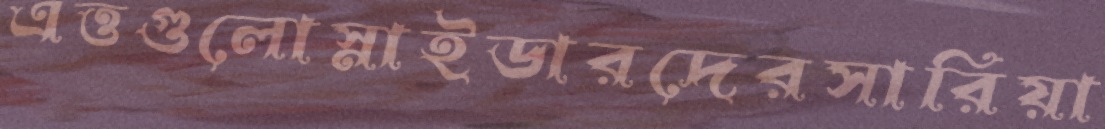
এত্তগুলোস্নাইডারদেরসারিয়া